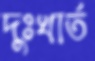
দুঃখার্ত